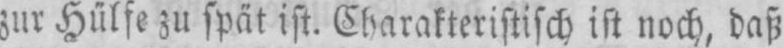
zur Hülfe zu spät ist. Charakteristisch ist noch, daß